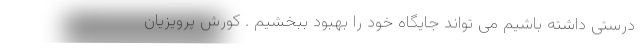
درستی داشته باشیم می تواند جایگاه خود را بهبود ببخشیم . کورش پرویزیان